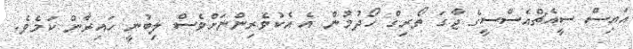
އައިސް ސީއެޗްއެސްސީގެ ޖާގަ ތޯރިގް ހޯދުމުން އެ އެކުވެރިންނަށްވެސް ލިބުނީ ހައިރާން ކަމެވެ.